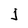
Character: j